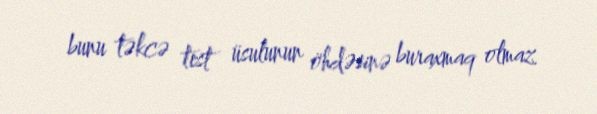
bunu təkcə test üsulunun öhdəsinə buraxmaq olmaz.